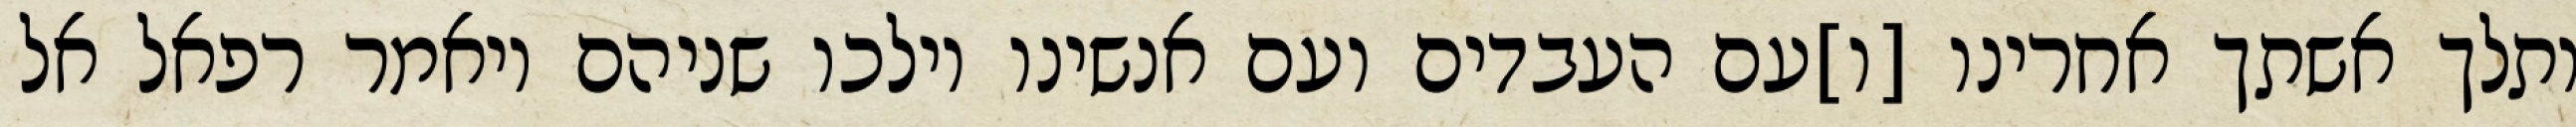
ותלך אשתך אחרינו [ו]עם העבדים ועם אנשינו וילכו שניהם ויאמר רפאל אל